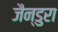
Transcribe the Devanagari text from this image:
जैन्डुरा